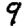
Digit: 9